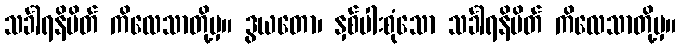
သင်္ခါရနိမိတ် ကိလေသာတို့မှ။ ဒွယတော၊ နှစ်ပါးစုံသော သင်္ခါရနိမိတ် ကိလေသာတို့မှ။